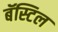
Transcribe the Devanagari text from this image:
बॅस्टिल